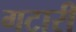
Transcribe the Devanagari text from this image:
गटारी